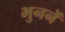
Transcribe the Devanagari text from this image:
भुननें